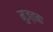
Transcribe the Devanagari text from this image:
मुज्तबा